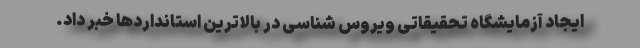
ایجاد آزمایشگاه تحقیقاتی ویروس شناسی در بالاترین استانداردها خبر داد.